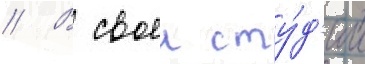
// В своеи сту́д'ии